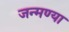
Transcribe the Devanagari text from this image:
जन्मण्या